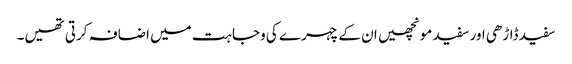
سفید ڈاڑھی اور سفید مونچھیں ان کے چہرے کی وجاہت میں اضافہ کرتی تھیں۔